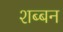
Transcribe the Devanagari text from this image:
शब्बन